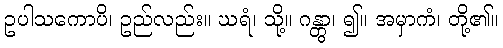
ဥပါသကောပိ၊ ဥည်လည်း။ ဃရံ၊ သို့။ ဂန္တွာ၊ ၍။ အမှာကံ၊ တို့၏။